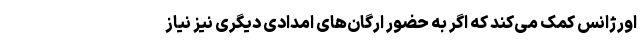
اورژانس کمک می‌کند که اگر به حضور ارگان‌های امدادی دیگری نیز نیاز